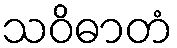
သဝိဓာတံ